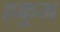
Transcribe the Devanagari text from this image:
हकुम